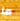
ما